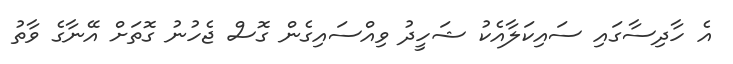
އެ ހާދިސާގައި ސައިކަލާއެކު ޝަހީދު ވިއްސައިގެން ގޮސް ޖެހުނު ގޮތަށް އޭނާގެ ވާތު